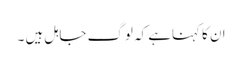
ان کا کہناہے کہ لوگ جاہل ہیں ۔